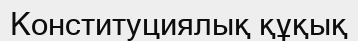
Конституциялық құқық